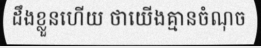
ដឹងខ្លួនហើយ ថាយើងគ្មានចំណុច